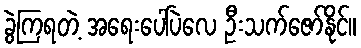
ခွဲကြရတဲ့ အရေးပေါ်ပဲလေ ဦးသက်ဇော်နိုင်။